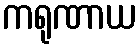
ကရုဏာယ